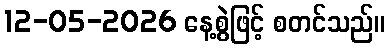
12-05-2026 နေ့စွဲဖြင့် စတင်သည်။